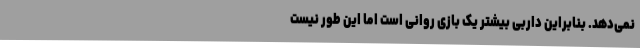
نمی‌دهد. بنابراین داربی بیشتر یک بازی روانی است اما این‌ طور نیست